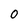
Character: 0